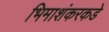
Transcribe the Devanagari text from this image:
भिमाशंकरकडे